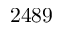
2 4 8 9